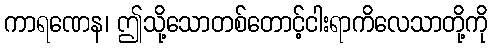
ကာရဏေန၊ ဤသို့သောတစ်တောင့်ငါးရာကိလေသာတို့ကို